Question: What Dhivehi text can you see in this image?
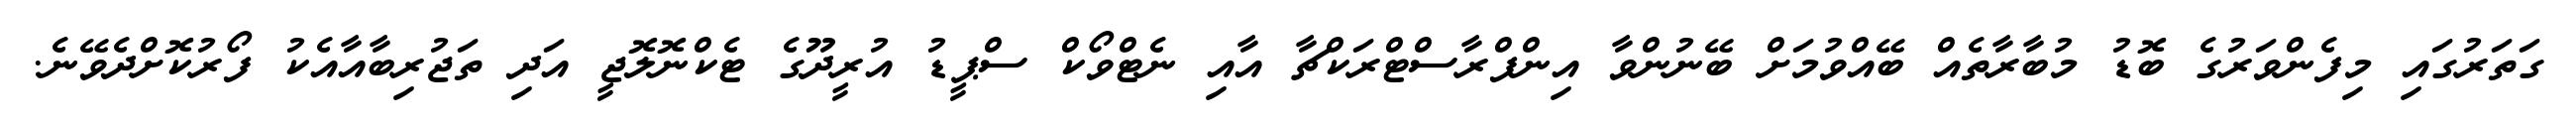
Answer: ގަތަރުގައި މިފެންވަރުގެ ބޮޑު މުބާރާތެއް ބޭއްވުމަށް ބޭނުންވާ އިންފްރާސްޓްރަކްޗާ އާއި ނެޓްވޯކް ސްޕީޑު އުރީދޫގެ ޓެކްނޮލޮޖީ އަދި ތަޖުރިބާއާއެކު ފޯރުކޮށްދެވޭނެ.